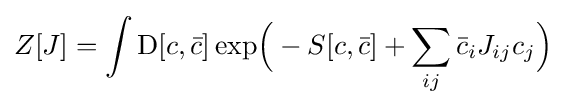
Z[J]=\int \mathrm {D} [c,{\bar {c}}]\exp \!{\Big (}-S[c,{\bar {c}}]+\sum _{ij}{\bar {c}}_{i}J_{ij}c_{j}{\Big )}